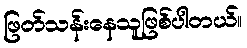
ဖြတ်သန်းနေသူဖြစ်ပါတယ်။